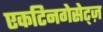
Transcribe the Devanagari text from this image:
एकटिनगेसेट्ज़